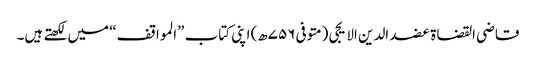
قاضی القضاة عضد الدین الایجی (متوفی ۷۵۶ھ) اپنی کتاب ”المواقف“ میں لکھتے ہیں۔